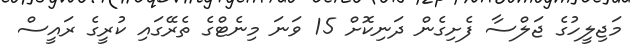
މަޖިލީހުގެ ޖަލްސާ ފެށިގެން ދަނިކޮށް 15 ވަނަ މިނެޓްގެ ތެރޭގައި ކުރީގެ ރައީސް